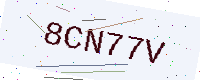
Text: 8CN77V